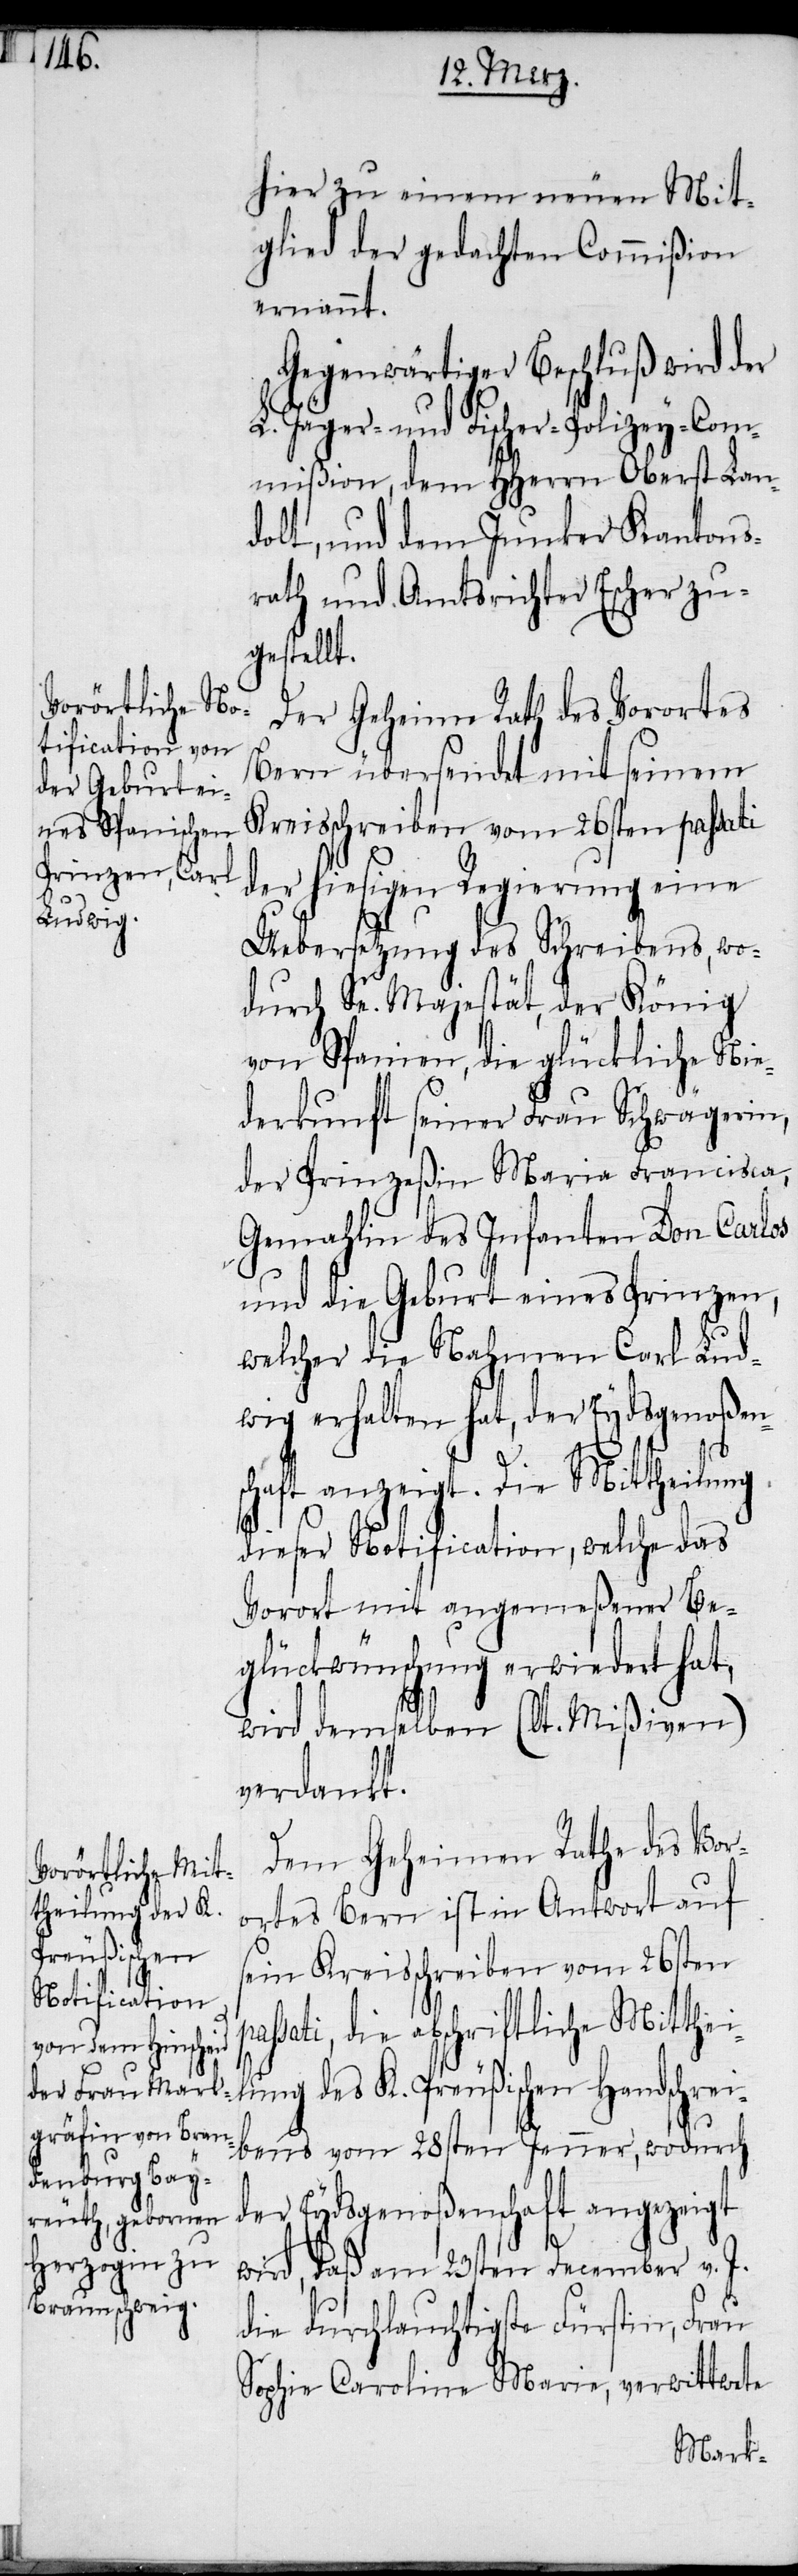
hier zu einem neuen Mit¬
glied der gedachten Commißion
ernannt.
Gegenwärtiger Beschluß wird der
L. Jäger-und Fischer-Polizey-Com¬
mißion, dem HHerrn Oberst Lan¬
dolt, und dem Junker Kantons¬
rath und Amtsrichter Escher zu¬
gestellt.
Der Geheime Rath des Vorortes
Bern übersendet mit seinem
Kreisschreiben vom 26sten passati
der hiesigen Regierung eine
Uebersetzung des Schreibens, wo¬
durch Se. Majestät, der König
von Spanien, die glückliche Nie¬
derkunft seiner Frau Schwägerin,
der Prinzeßin Maria Francisca,
Gemahlin des Infanten Don Carlos
und die Geburt eines Prinzen,
welcher die Nahmen Carl Lud¬
wig erhalten hat, der Eydsgenoßen¬
chaft anzeigt. Die Mittheilung
dieser Notification, welche das
Vorort mit angemeßener Be¬
glückwünschung erwiedert hat,
pa¬
wird demselben (lt. Mißiven)
verdankt.
Dem Geheimen Rathe des Vor¬
ortes Bern ist in Antwort auf
sein Kreisschreiben vom 26sten
ssati, die abschriftliche Mitthei¬
lung des K. Preußischen Handschrei¬
bens vom 28sten Jenner, wodurch
der Eydsgenoßenschaft angezeigt
wird, daß am 23sten December v. J.
die durchlauchtigste Fürstin, Frau
Sophie Caroline Marie, verwittwete